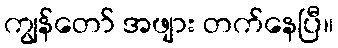
ကျွန်တော် အဖျား တက်နေပြီ။